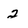
Character: 2